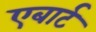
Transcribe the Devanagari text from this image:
एबार्ट